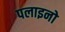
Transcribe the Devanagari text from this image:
पलाइनो